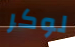
لوكر